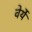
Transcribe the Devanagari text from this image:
वेर्ये